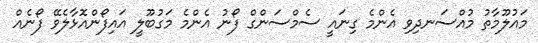
މައުލޫމާތު މުއްސަނދިވި އެންމެ ގިނައީ ސެމްސަންގް ފޯނު އެންމެ މަގުބޫލީ އައިފޯންއޮޅާލެވޭ ފޯނެއް